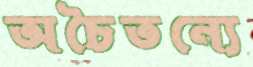
অচৈতন্যে